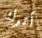
أترك